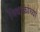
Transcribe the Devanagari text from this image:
मिथाकांच्या